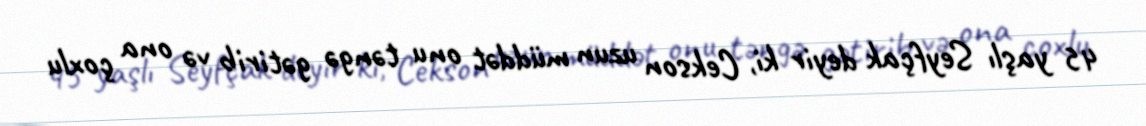
45 yaşlı Seyfçak deyir ki, Cekson uzun müddət onu təngə gətirib və ona çoxlu